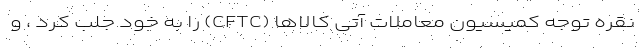
نقره توجه کمیسیون معاملات آتی کالاها (CFTC) را به خود جلب کرد ، و